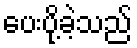
ပေးပို့ခဲ့သည်